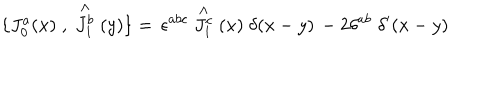
\{ J _ { 0 } ^ { a } ( x ) \; , \; \stackrel { \wedge } { J _ { 1 } ^ { b } } ( y ) \} = \, \epsilon ^ { a b c } \stackrel { \wedge } { J _ { 1 } ^ { c } } ( x ) \; \delta ( x - y ) \, - 2 \delta ^ { a b } \; \delta ^ { \prime } ( x - y )